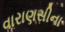
વારાણસીના